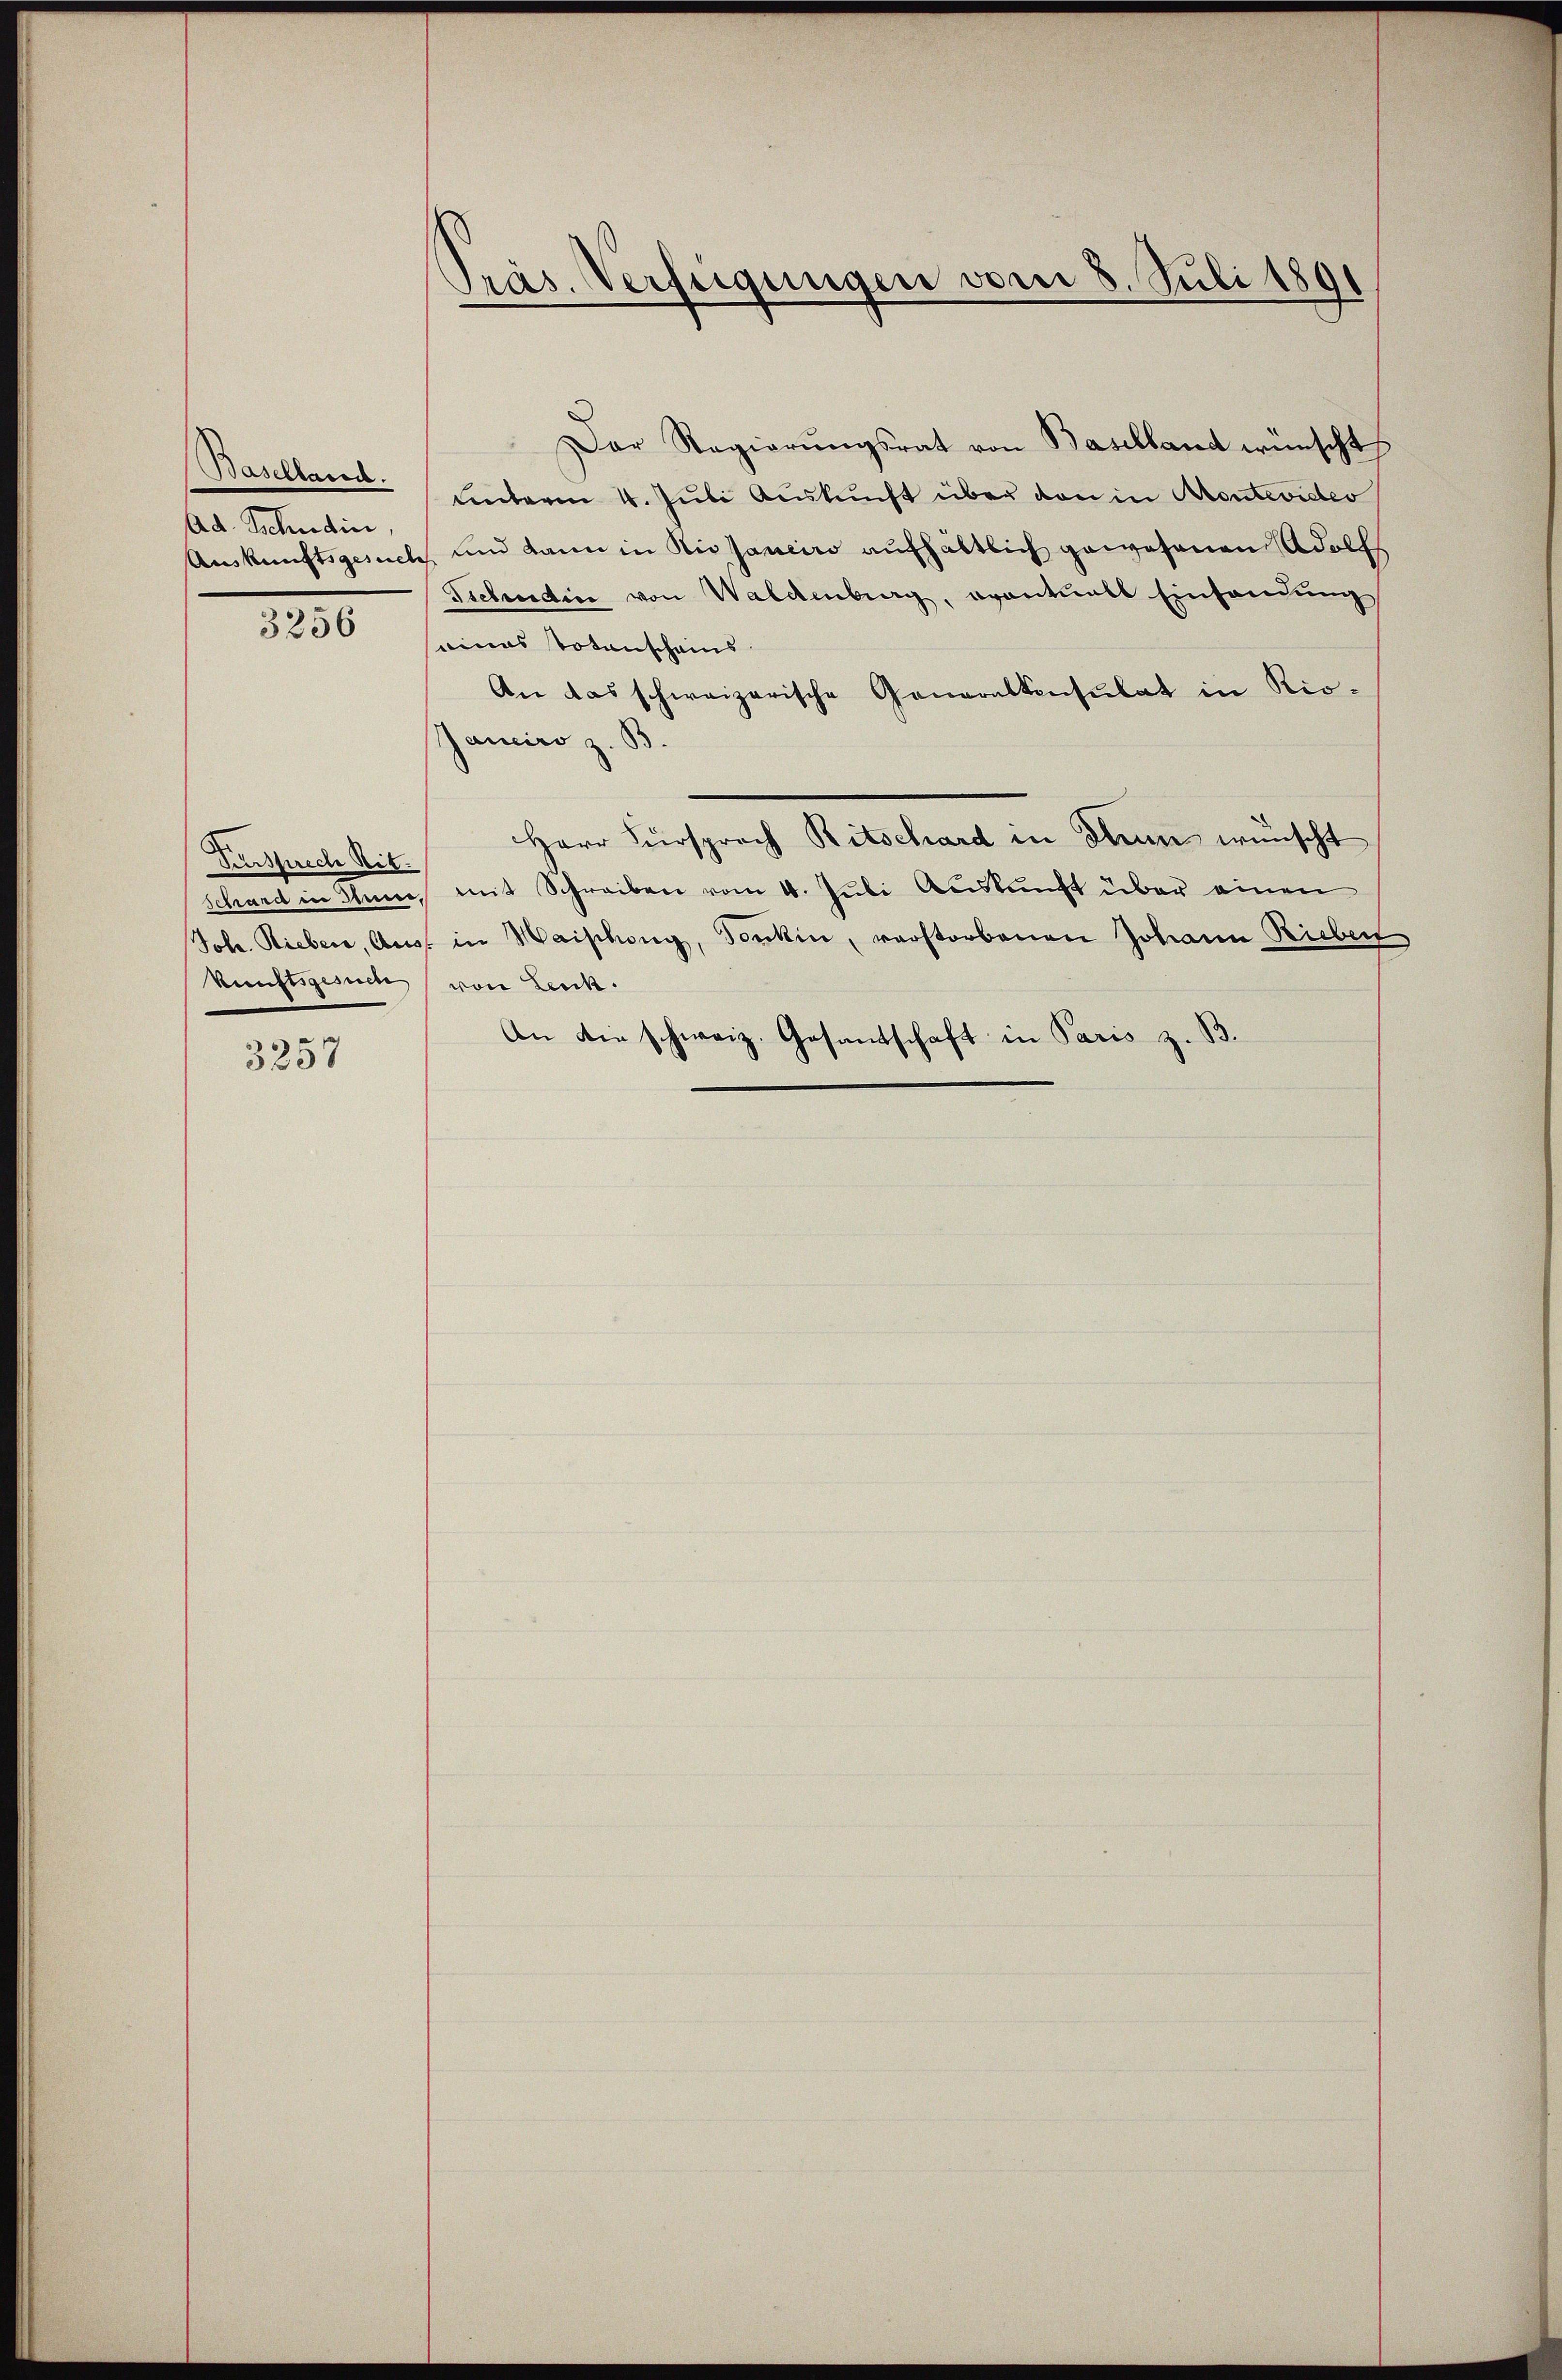
Baselland.
Ad. Schudin,

3256

Sursprech Rit.

3257

Präs. Verfügungen vom 8. Juli 1891

Der Regierŭngsrat von Baselland wünscht
unterm 4. Juli Auskunft über von in Atontevideo
Auskunftsgesuch, und kann in Rissanciro aufhältlich gewesenen Adolfs
Sichendin von Waldenberg, eventuell Einsendung
eines Totenscheins
An das schweizerische Generalkonsulat in Rio¬
Janeiro z. B.
Herr Fürsprach Ritschard in Thun wünscht
Schard in Anne, mit Schreiben vom 4. Juli Auskunft über einen
Joh. Rieber, Aus in Maiphony, Jokin, verstorbenen Johann Bieber
kunftsgesuch (von Leuk.
An die schweiz. Gesandschaft in Paris z. B.